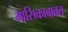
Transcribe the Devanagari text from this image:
मासिकाबाबत